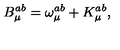
B _ { \mu } ^ { a b } = \omega _ { \mu } ^ { a b } + K _ { \mu } ^ { a b } ,